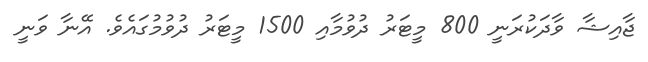
ޖާއިޝާ ވާދަކުރަނީ 800 މީޓަރު ދުވުމާއި 1500 މީޓަރު ދުވުމުގައެވެ. އޭނާ ވަނީ